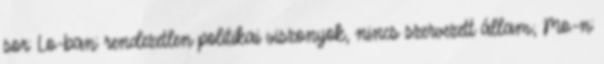
sor: Lo-ban: rendezetlen politikai viszonyok, nincs szervezett állam; Mo-n: